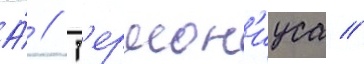
А́ // Г'ермон'иуса //